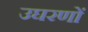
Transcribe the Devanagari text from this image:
उघरणों